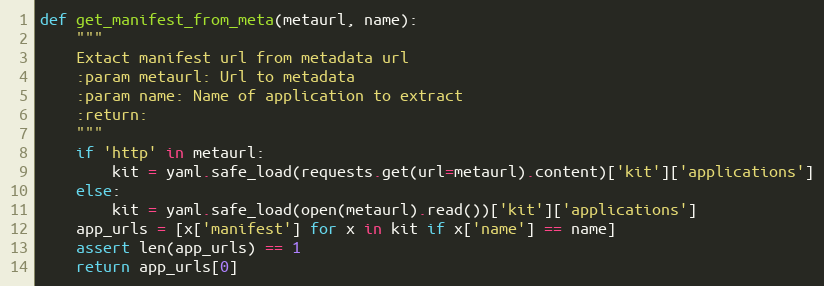
Language: Python
def get_manifest_from_meta(metaurl, name):
    """
    Extact manifest url from metadata url
    :param metaurl: Url to metadata
    :param name: Name of application to extract
    :return:
    """
    if 'http' in metaurl:
        kit = yaml.safe_load(requests.get(url=metaurl).content)['kit']['applications']
    else:
        kit = yaml.safe_load(open(metaurl).read())['kit']['applications']
    app_urls = [x['manifest'] for x in kit if x['name'] == name]
    assert len(app_urls) == 1
    return app_urls[0]